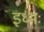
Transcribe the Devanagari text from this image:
इध्मः